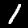
Label: 1